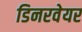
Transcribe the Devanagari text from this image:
डिनरवेयर